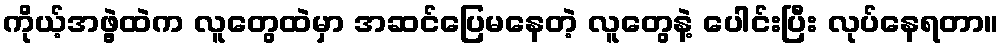
ကိုယ့်အဖွဲ့ထဲက လူတွေထဲမှာ အဆင်ပြေမနေတဲ့ လူတွေနဲ့ ပေါင်းပြီး လုပ်နေရတာ။